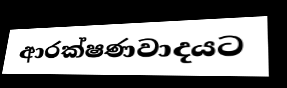
ආරක්ෂණවාදයට